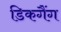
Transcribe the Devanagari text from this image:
डिकगैंग